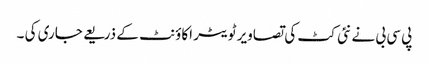
پی سی بی نے نئی کٹ کی تصاویر ٹویٹر اکاؤنٹ کے ذریعے جاری کی ۔